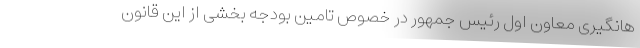
هانگیری معاون اول رئیس جمهور در خصوص تامین بودجه بخشی از این قانون